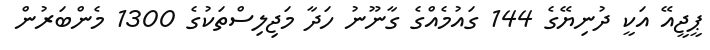
ޕީޖީއޭ އަކީ ދުނިޔޭގެ 144 ގައުމެއްގެ ގާނޫނު ހަދާ މަޖިލިސްތަކުގެ 1300 މެންބަރުން